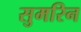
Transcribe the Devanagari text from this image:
सुमरिन